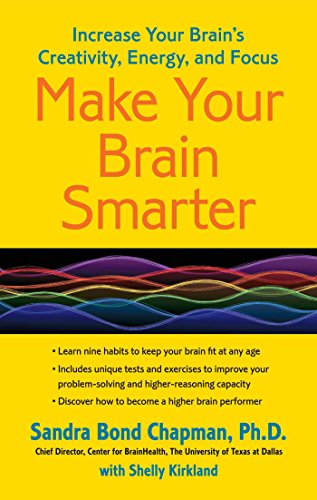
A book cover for Make Your Brain Smarter: Increase Your Brain's Creativity, Energy, and Focus; Sandra Bond Chapman  Ph.D.; Self-Help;